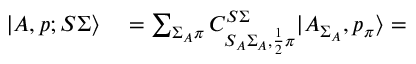
\begin{array} { r l } { | A , p ; S \Sigma \rangle } & { { } = \sum _ { \Sigma _ { A } \pi } C _ { S _ { A } \Sigma _ { A } , \frac { 1 } { 2 } \pi } ^ { S \Sigma } | A _ { \Sigma _ { A } } , p _ { \pi } \rangle = } \end{array}